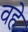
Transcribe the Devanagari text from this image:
वहे